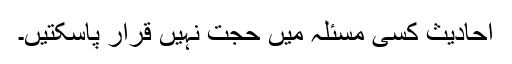
احادیث کسی مسئلہ میں حجت نہیں قرار پاسکتیں۔